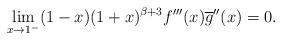
LaTeX: \begin{align*}\lim_{x\rightarrow1^{-}}(1-x)(1+x)^{\beta+3}f^{\prime\prime\prime}(x)\overline{g}^{\prime\prime}(x)=0.\end{align*}